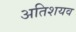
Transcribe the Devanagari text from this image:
अतिशयव